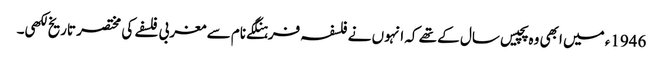
1946ء میں ابھی وہ پچیس سال کے تھے کہ انہوں نے فلسفہ فرہنگکے نام سے مغربی فلسفے کی مختصر تاریخ لکھی۔